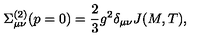
\Sigma _ { \mu \nu } ^ { ( 2 ) } ( p = 0 ) = \frac { 2 } { 3 } g ^ { 2 } \delta _ { \mu \nu } J ( M , T ) ,